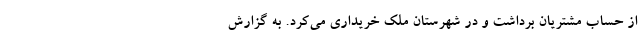
از حساب مشتریان برداشت و در شهرستان ملک خریداری می‌کرد. به گزارش